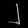
Digit: ၂